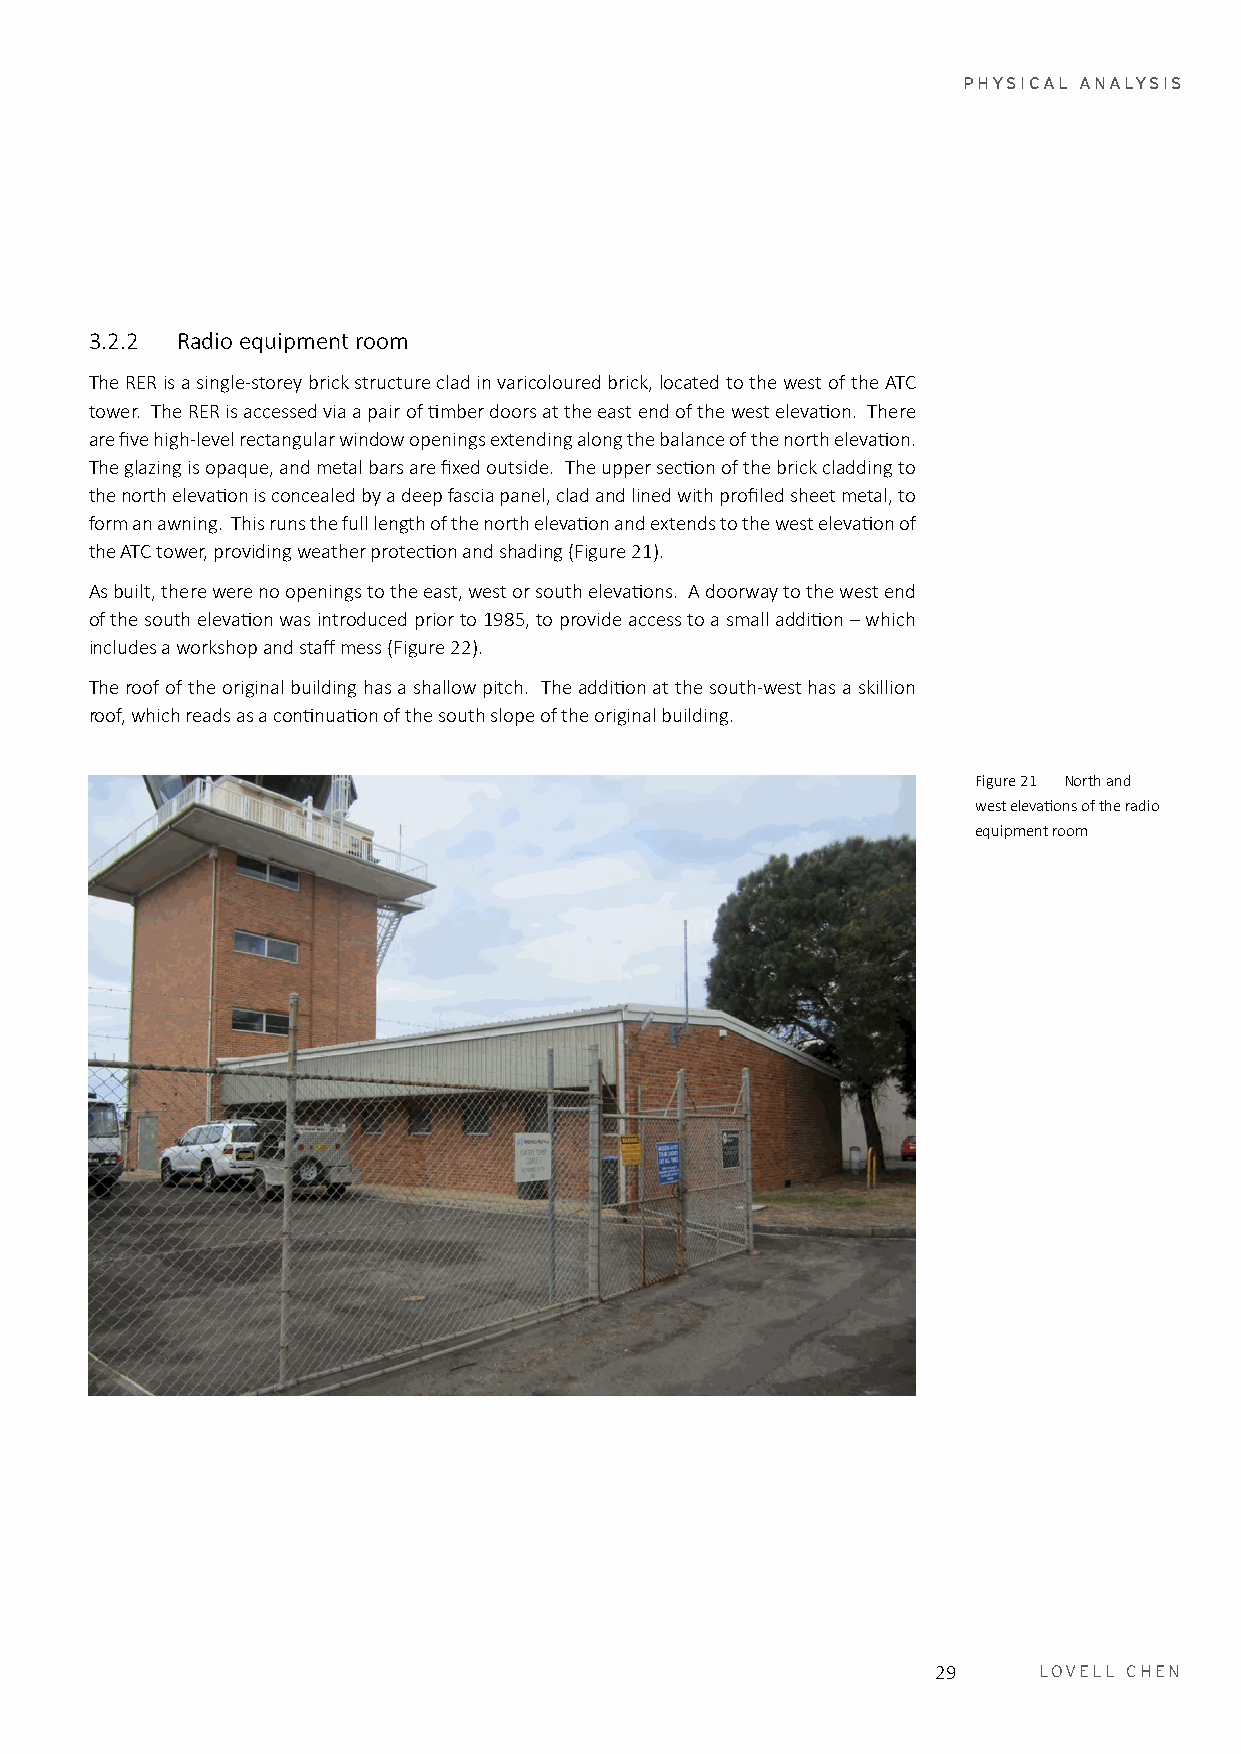
PHYSICAL ANALYSIS
 3.2.2 Radio equipment room
 The RER is a single-storey brick structure clad in varicoloured brick, located to the west of the ATC
 tower. The RER is accessed via a pair of timber doors at the east end of the west elevation. There
 are five high-level rectangular window openings extending along the balance of the north elevation.
 The glazing is opaque, and metal bars are fixed outside. The upper section of the brick cladding to
 the north elevation is concealed by a deep fascia panel, clad and lined with profiled sheet metal, to
 form an awning. This runs the full length of the north elevation and extends to the west elevation of
 the ATC tower, providing weather protection and shading (Figure 21).
 As built, there were no openings to the east, west or south elevations. A doorway to the west end
 of the south elevation was introduced prior to 1985, to provide access to a small addition – which
 includes a workshop and staff mess (Figure 22).
 The roof of the original building has a shallow pitch. The addition at the south-west has a skillion
 roof, which reads as a continuation of the south slope of the original building.
 Figure 21 North and
 west elevations of the radio
 equipment room
 29     LOVELL CHEN